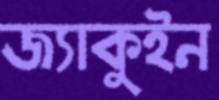
জ্যাকুইন